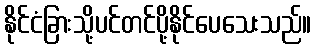
နိုင်ငံခြားသို့ပင်တင်ပို့နိုင်ပေသေးသည်။